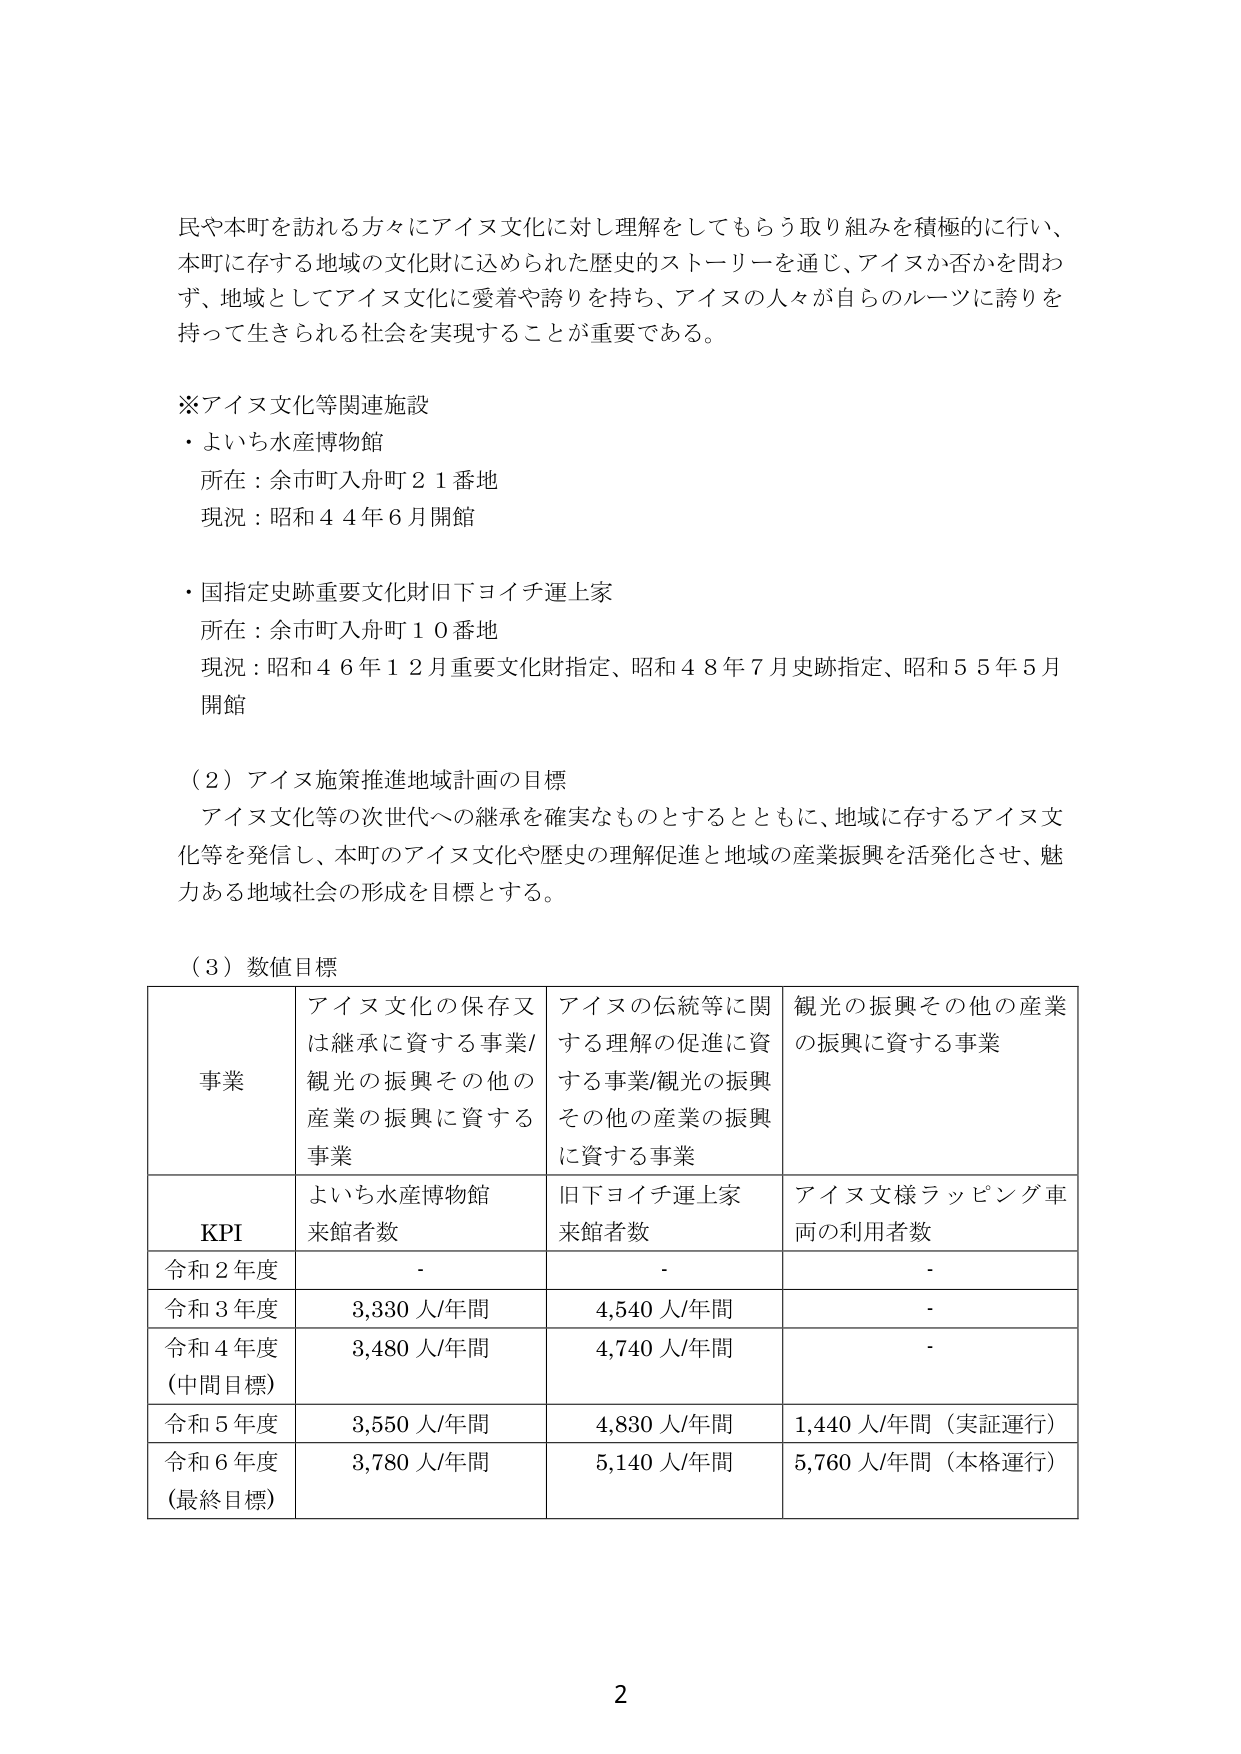
民や本町を訪れる方々にアイヌ文化に対し理解をしてもらう取り組みを積極的に行い、
本町に存する地域の文化財に込められた歴史的ストーリーを通じ、アイヌか否かを問わ
ず、地域としてアイヌ文化に愛着や誇りを持ち、アイヌの人々が自らのルーツに誇りを
持って生きられる社会を実現することが重要である。

※アイヌ文化等関連施設
・よいち水産博物館
　所在：余市町入舟町２１番地
　現況：昭和４４年６月開館

・国指定史跡重要文化財旧下ヨイチ運上家
　所在：余市町入舟町１０番地
　現況：昭和４６年１２月重要文化財指定、昭和４８年７月史跡指定、昭和５５年５月
　開館

（２）アイヌ施策推進地域計画の目標
　アイヌ文化等の次世代への継承を確実なものとするとともに、地域に存するアイヌ文
　化等を発信し、本町のアイヌ文化や歴史の理解促進と地域の産業振興を活発化させ、魅
　力ある地域社会の形成を目標とする。

（３）数値目標

| 事業 | アイヌ文化の保存又は継承に資する事業/観光の振興その他の産業の振興に資する事業 | アイヌの伝統等に関する理解の促進に資する事業/観光の振興その他の産業の振興に資する事業 | 観光の振興その他の産業の振興に資する事業 |
|------|--------------------------------------------------|--------------------------------------------------|------------------------------------------|
| KPI | よいち水産博物館来館者数 | 旧下ヨイチ運上家来館者数 | アイヌ文様ラッピング車両の利用者数 |
| 令和２年度 | - | - | - |
| 令和３年度 | 3,330人/年間 | 4,540人/年間 | - |
| 令和４年度（中間目標） | 3,480人/年間 | 4,740人/年間 | - |
| 令和５年度 | 3,550人/年間 | 4,830人/年間 | 1,440人/年間（実証運行） |
| 令和６年度（最終目標） | 3,780人/年間 | 5,140人/年間 | 5,760人/年間（本格運行） |

2